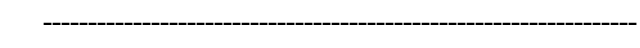
------------------------------------------------------------------